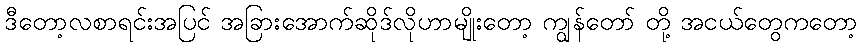
ဒီတော့လစာရင်းအပြင် အခြားအောက်ဆိုဒ်လိုဟာမျိုးတော့ ကျွန်တော် တို့ အငယ်တွေကတော့